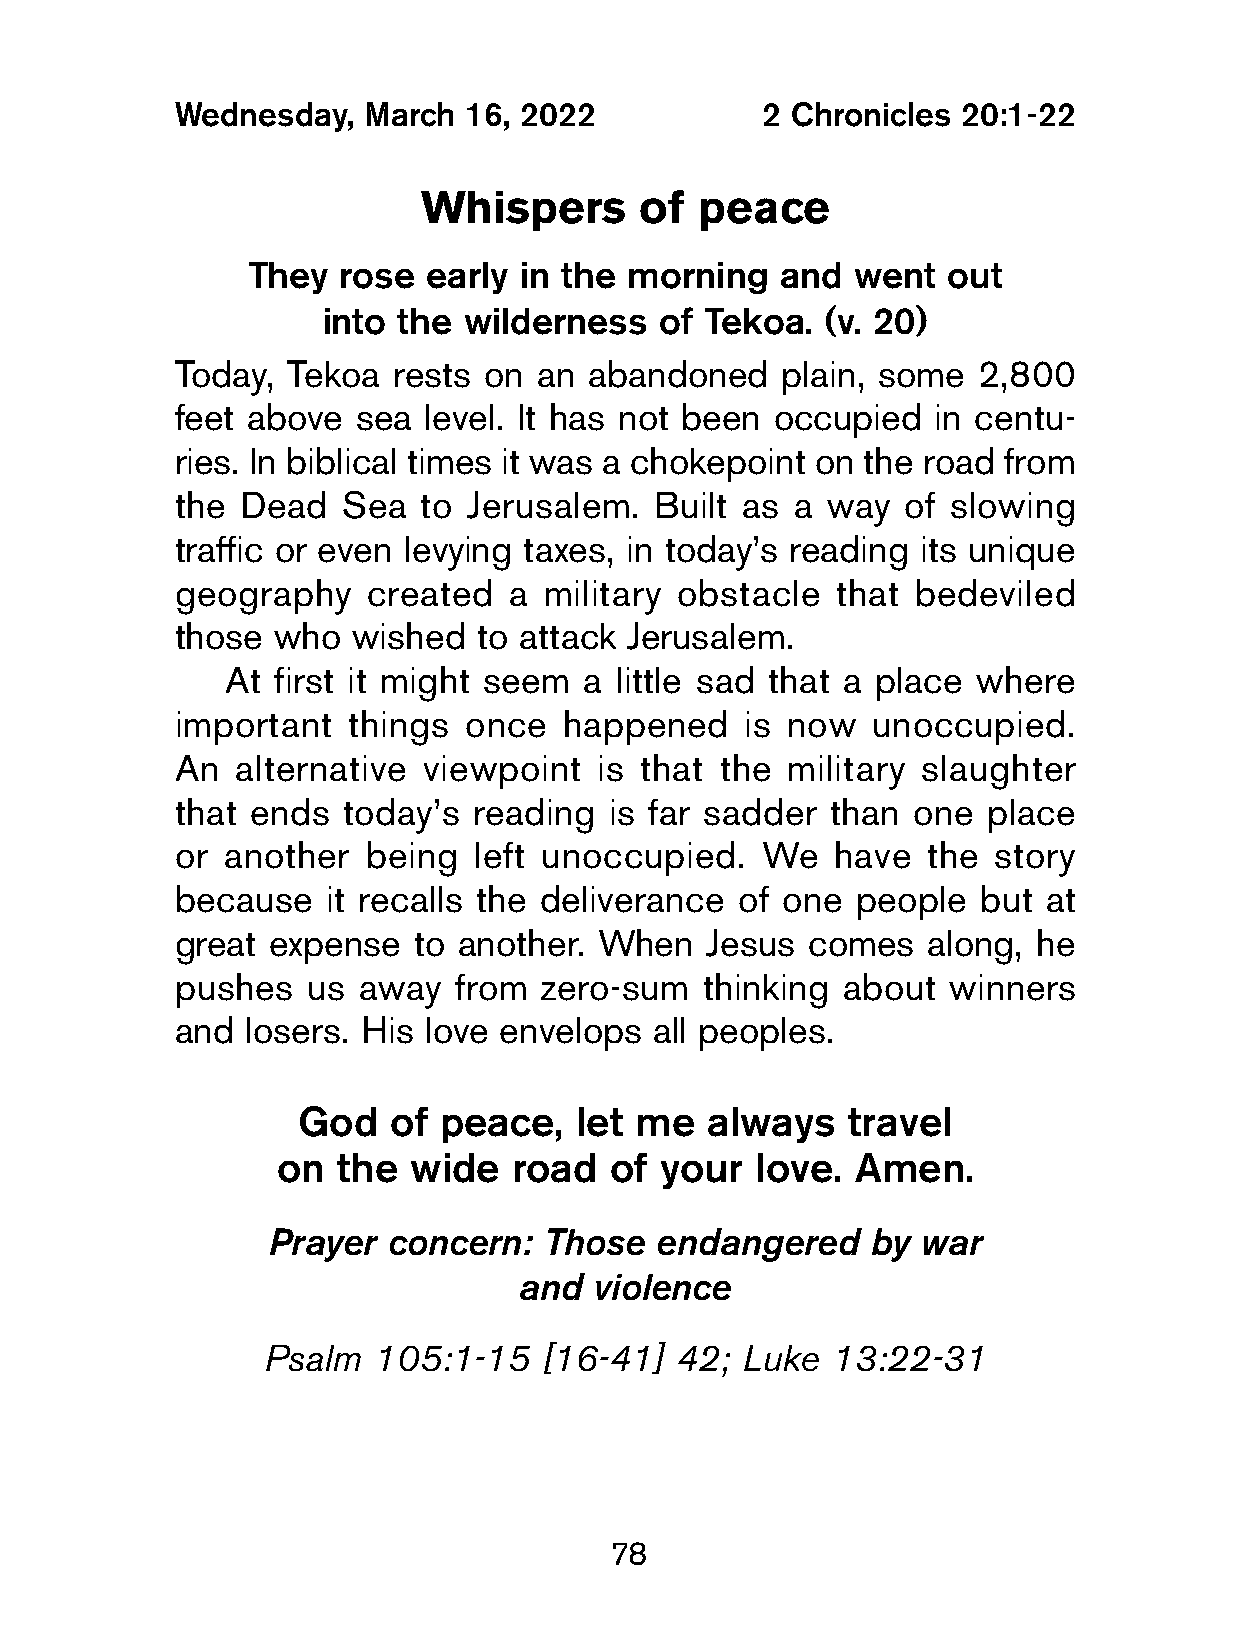
Wednesday,   March  16, 2022           2 Chronicles  20:1-22
 Whispers      of  peace
 They  rose  early in the morning   and  went   out
 into the  wilderness   of Tekoa. (v. 20)
 Today,  Tekoa  rests on an  abandoned    plain, some  2,800
 feet above  sea  level. It has not been occupied   in centu-
 ries. In biblical times it was a chokepoint on the road from
 the  Dead   Sea  to Jerusalem.  Built as a  way  of slowing
 traffic or even levying taxes, in today’s reading its unique
 geography    created   a military obstacle  that bedeviled
 those  who  wished  to attack Jerusalem.
 At first it might seem  a little sad that a place where
 important   things  once  happened    is now   unoccupied.
 An   alternative viewpoint  is that  the military slaughter
 that ends   today’s reading  is far sadder  than one  place
 or  another  being  left unoccupied.   We   have  the  story
 because   it recalls the deliverance  of one  people  but at
 great  expense  to another.  When   Jesus comes   along, he
 pushes   us  away  from  zero-sum  thinking  about  winners
 and  losers. His love envelops  all peoples.
 God   of peace,   let me   always   travel
 on  the  wide   road  of  your  love. Amen.
 Prayer  concern:  Those  endangered     by war
 and  violence
 Psalm   105:1-15   [16-41]  42; Luke  13:22-31
 78